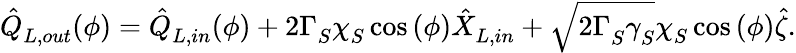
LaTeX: \hat{Q}_{L,out}^{}(\phi)=\hat{Q}_{L,in}^{}(\phi)+2\Gamma_{S}^{}\chi_{S}^{}\cos{(\phi)}\hat{X}_{L,in}^{}+\sqrt{2\Gamma_{S}^{}\gamma_{S}^{}}\chi_{S}^{}\cos{(\phi)}\hat{\zeta}.